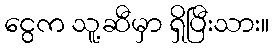
ငွေက သူ့ဆီမှာ ရှိပြီးသား။